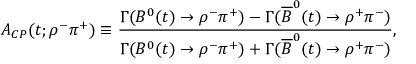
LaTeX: A _ { C P } ( t ; \rho ^ { - } \pi ^ { + } ) \equiv \frac { \Gamma ( B ^ { 0 } ( t ) \to \rho ^ { - } \pi ^ { + } ) - \Gamma ( \overline { { B } } ^ { 0 } ( t ) \to \rho ^ { + } \pi ^ { - } ) } { \Gamma ( B ^ { 0 } ( t ) \to \rho ^ { - } \pi ^ { + } ) + \Gamma ( \overline { { B } } ^ { 0 } ( t ) \to \rho ^ { + } \pi ^ { - } ) } ,